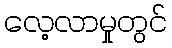
လေ့လာမှုတွင်